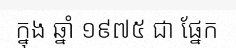
ក្នុង ឆ្នាំ ១៩៧៥ ជា ផ្នែក